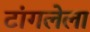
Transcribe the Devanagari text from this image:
टांगलेला